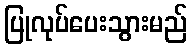
ပြုလုပ်ပေးသွားမည်